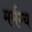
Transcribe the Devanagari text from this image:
मर्मग्य